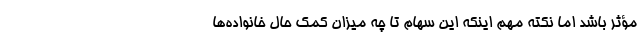
مؤثر باشد اما نکته مهم اینکه این سهام تا چه میزان کمک حال خانواده‌ها